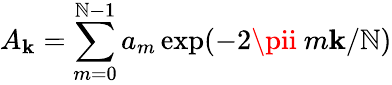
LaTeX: A_{\mathbf{k}}=\sum_{m=0}^{\mathbb{N}-1}a_{m}\exp(-2\pii\ m\mathbf{k}/\mathbb{N})